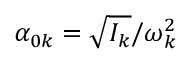
{ \alpha _ { 0 k } } = \sqrt { { I } _ { k } } / \omega _ { k } ^ { 2 }